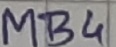
Text: MB4